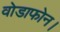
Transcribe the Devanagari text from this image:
वोडाफोन।